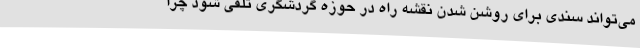
می‌تواند سندی برای روشن شدن نقشه راه در حوزه گردشگری تلقی شود چرا